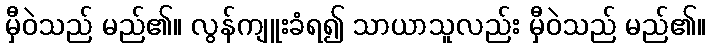
မှီဝဲသည် မည်၏။ လွန်ကျူးခံရ၍ သာယာသူလည်း မှီဝဲသည် မည်၏။